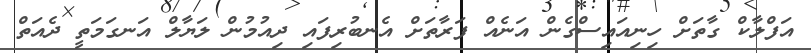
އަފްލާކް ގާތަށް ހިނިއައިސްގެން އަނެއް ފަރާތަށް އެނބުރިފައި ދިއުމުން ލަޔާލް އަނގަމަތީ ދެއަތް